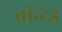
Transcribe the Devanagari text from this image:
वॉन्टेड